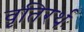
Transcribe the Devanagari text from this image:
वृतिरर्थः